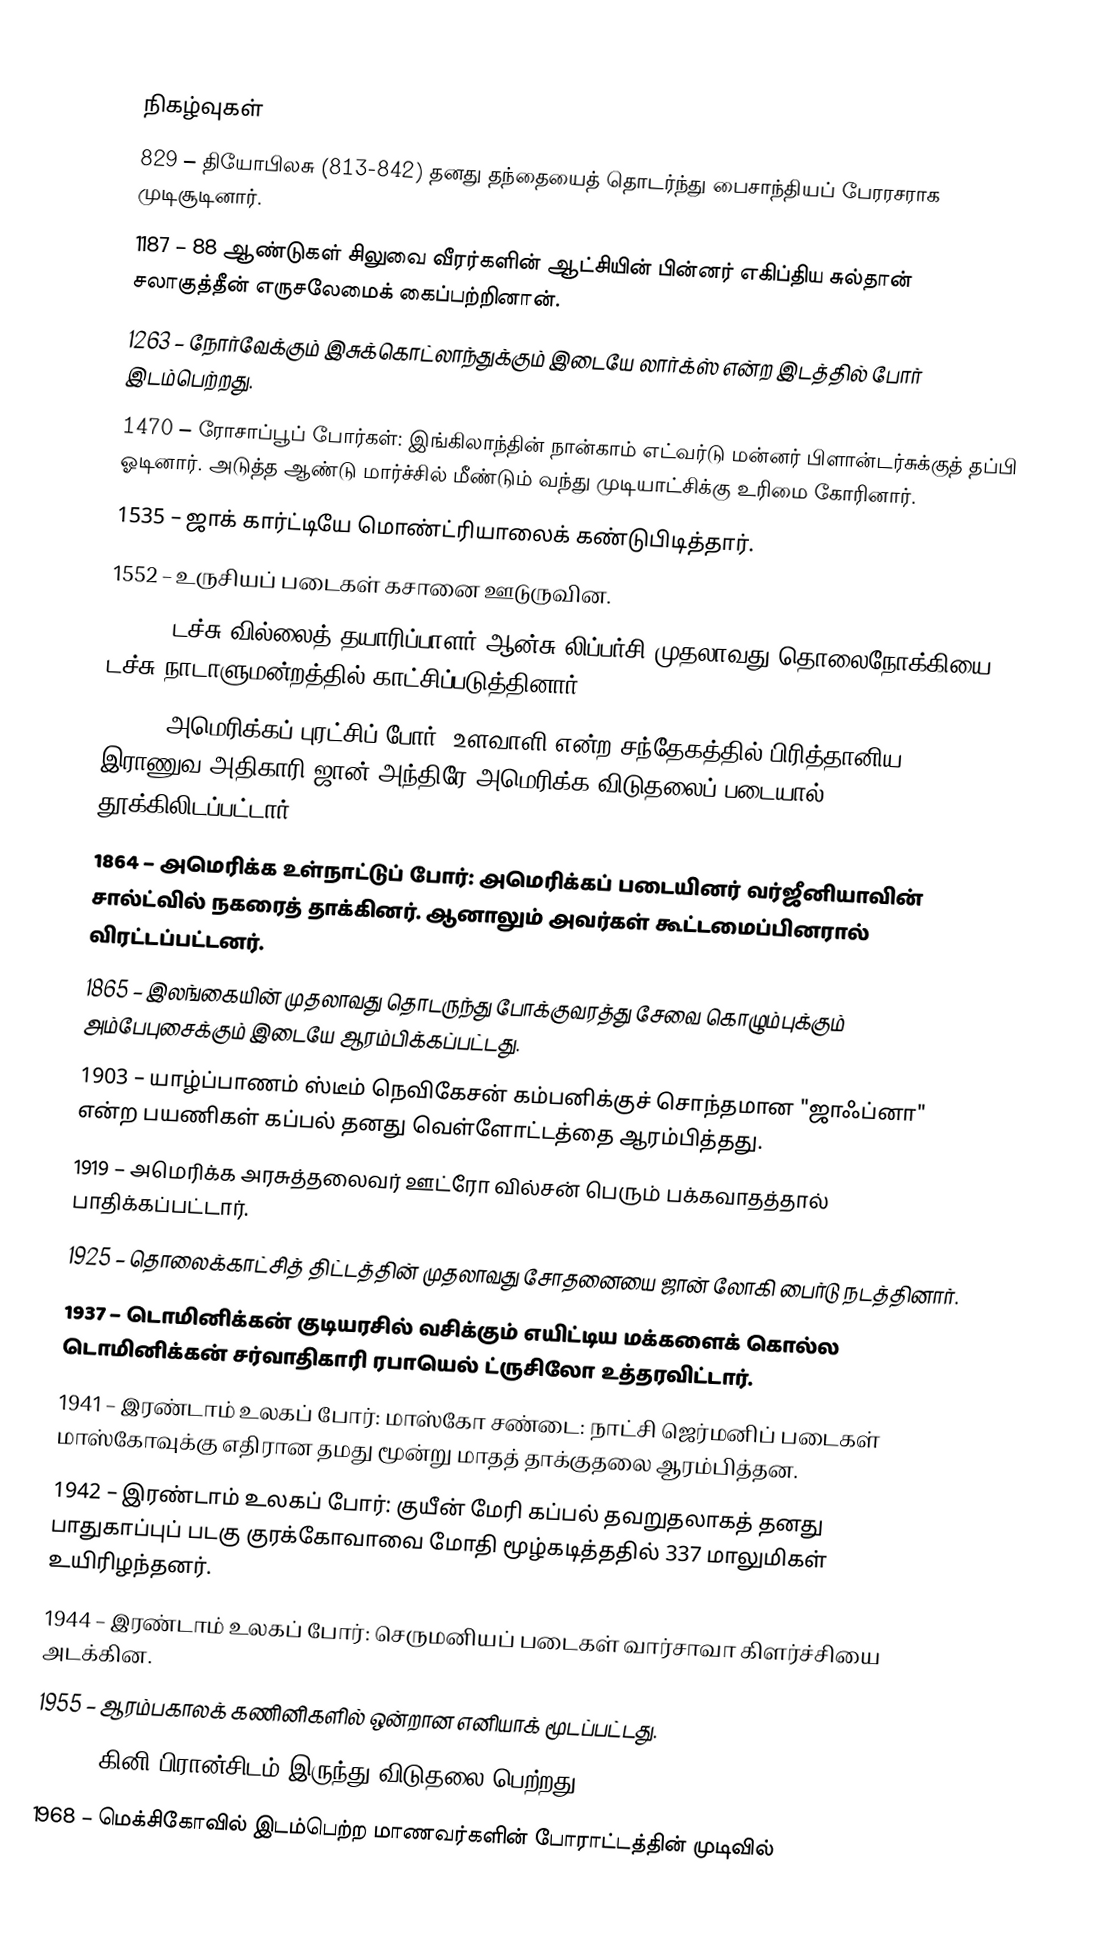

நிகழ்வுகள்
829 – தியோபிலசு (813-842) தனது தந்தையைத் தொடர்ந்து பைசாந்தியப் பேரரசராக முடிசூடினார்.
1187 – 88 ஆண்டுகள் சிலுவை வீரர்களின் ஆட்சியின் பின்னர் எகிப்திய சுல்தான் சலாகுத்தீன் எருசலேமைக் கைப்பற்றினான்.
1263 – நோர்வேக்கும் இசுக்கொட்லாந்துக்கும் இடையே லார்க்ஸ் என்ற இடத்தில் போர் இடம்பெற்றது.
1470 – ரோசாப்பூப் போர்கள்: இங்கிலாந்தின் நான்காம் எட்வர்டு மன்னர் பிளான்டர்சுக்குத் தப்பி ஓடினார். அடுத்த ஆண்டு மார்ச்சில் மீண்டும் வந்து முடியாட்சிக்கு உரிமை கோரினார்.
1535 – ஜாக் கார்ட்டியே மொண்ட்ரியாலைக் கண்டுபிடித்தார்.
1552 – உருசியப் படைகள் கசானை ஊடுருவின.
1608 – டச்சு வில்லைத் தயாரிப்பாளர் ஆன்சு லிப்பர்சி முதலாவது தொலைநோக்கியை டச்சு நாடாளுமன்றத்தில் காட்சிப்படுத்தினார்.
1780 – அமெரிக்கப் புரட்சிப் போர்: உளவாளி என்ற சந்தேகத்தில் பிரித்தானிய இராணுவ அதிகாரி ஜான் அந்திரே அமெரிக்க விடுதலைப் படையால் தூக்கிலிடப்பட்டார்.
1864 – அமெரிக்க உள்நாட்டுப் போர்: அமெரிக்கப் படையினர் வர்ஜீனியாவின் சால்ட்வில் நகரைத் தாக்கினர். ஆனாலும் அவர்கள் கூட்டமைப்பினரால் விரட்டப்பட்டனர்.
1865 – இலங்கையின் முதலாவது தொடருந்து போக்குவரத்து சேவை கொழும்புக்கும் அம்பேபுசைக்கும் இடையே ஆரம்பிக்கப்பட்டது.
1903 – யாழ்ப்பாணம் ஸ்டீம் நெவிகேசன் கம்பனிக்குச் சொந்தமான "ஜாஃப்னா" என்ற பயணிகள் கப்பல் தனது வெள்ளோட்டத்தை ஆரம்பித்தது.
1919 – அமெரிக்க அரசுத்தலைவர் ஊட்ரோ வில்சன் பெரும் பக்கவாதத்தால் பாதிக்கப்பட்டார்.
1925 – தொலைக்காட்சித் திட்டத்தின் முதலாவது சோதனையை ஜான் லோகி பைர்டு நடத்தினார்.
1937 – டொமினிக்கன் குடியரசில் வசிக்கும் எயிட்டிய மக்களைக் கொல்ல டொமினிக்கன் சர்வாதிகாரி ரபாயெல் ட்ருசிலோ உத்தரவிட்டார்.
1941 – இரண்டாம் உலகப் போர்: மாஸ்கோ சண்டை: நாட்சி ஜெர்மனிப் படைகள் மாஸ்கோவுக்கு எதிரான தமது மூன்று மாதத் தாக்குதலை ஆரம்பித்தன.
1942 – இரண்டாம் உலகப் போர்: குயீன் மேரி கப்பல் தவறுதலாகத் தனது பாதுகாப்புப் படகு குரக்கோவாவை மோதி மூழ்கடித்ததில் 337 மாலுமிகள் உயிரிழந்தனர்.
1944 – இரண்டாம் உலகப் போர்: செருமனியப் படைகள் வார்சாவா கிளர்ச்சியை அடக்கின.
1955 – ஆரம்பகாலக் கணினிகளில் ஒன்றான எனியாக் மூடப்பட்டது.
1958 – கினி பிரான்சிடம் இருந்து விடுதலை பெற்றது..
1968 – மெக்சிகோவில் இடம்பெற்ற மாணவர்களின் போராட்டத்தின் முடிவில்